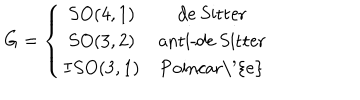
LaTeX: G = \left\{ \begin{array} { c c } { { S O ( 4 , 1 ) } } & { { \textrm { d e S i t t e r } } } \\ { { S O ( 3 , 2 ) } } & { { \textrm { a n t i - d e S i t t e r } } } \\ { { I S O ( 3 , 1 ) } } & { { \textrm { P o i n c a r \' { e } } } } \\ \end{array} \right.